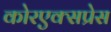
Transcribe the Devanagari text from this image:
कोरएक्सप्रेस